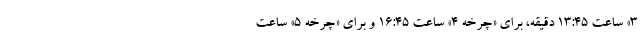
۳» ساعت ۱۳:۴۵ دقیقه، برای «چرخه ۴» ساعت ۱۶:۴۵ و برای «چرخه ۵» ساعت